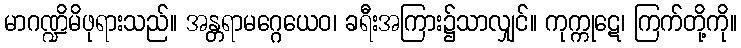
မာဂဏ္ဍိမိဖုရားသည်။ အန္တရာမဂ္ဂေယေဝ၊ ခရီးအကြား၌သာလျှင်။ ကုက္ကုဋေ၊ ကြက်တို့ကို။